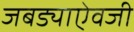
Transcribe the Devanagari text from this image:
जबड्याऐवजी